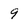
Character: 9